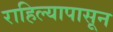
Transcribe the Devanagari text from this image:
राहिल्यापासून